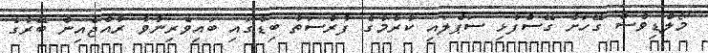
މޯލްޑިވްސް ގޭހަށް ގޭސްފުޅި ސަޕްލައި ކުރުމުގެ ފުރުސަތު ބިޑުގައި ބައިވެރިނުވާ ރާއްޖެއިން ބޭރުގެ